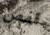
قفص